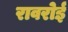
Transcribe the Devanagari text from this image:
रावरोई